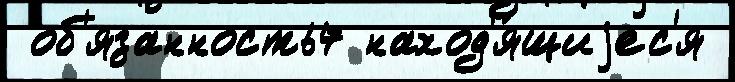
 об'язанность7 наход'я́щиjес'я